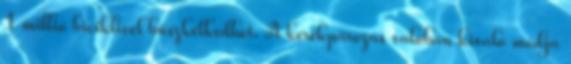
1 millió biciklivel büszkélkedhet. A kerékpározás valóban kiváló módja